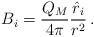
\begin{align*}B_i = {Q_M\over 4\pi} { {\hat r}_i \over r^2} \, .\end{align*}